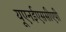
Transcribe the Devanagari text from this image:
यूएनईएससीएपी